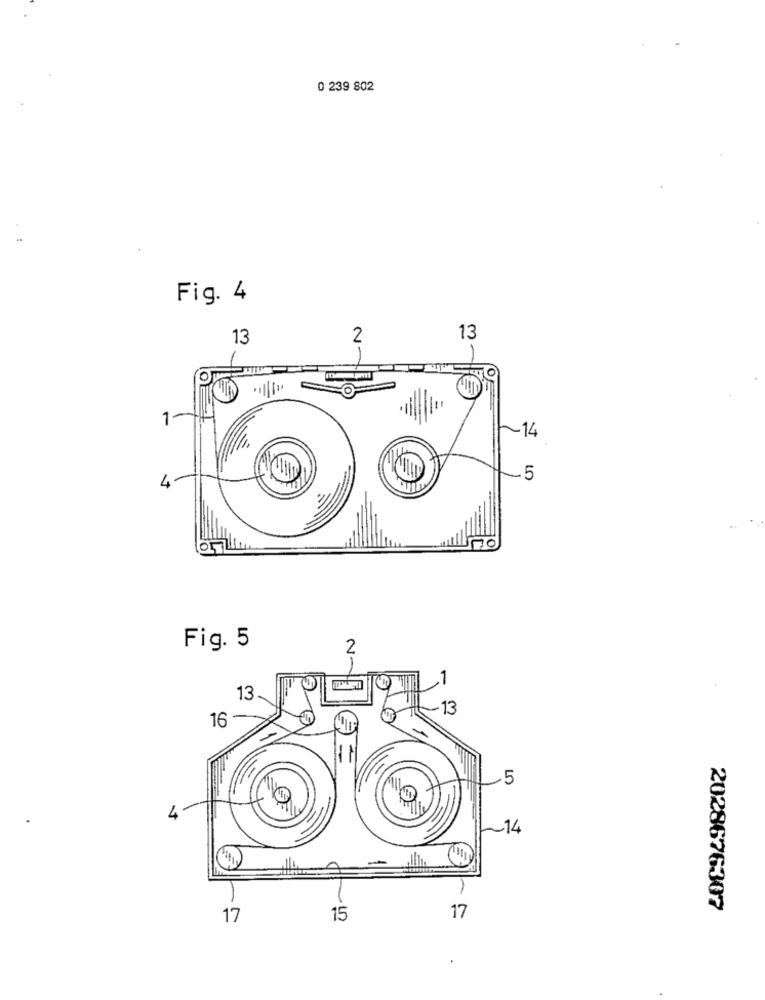
0 239 802
Fig. 4
13
2
13
0
1-
1
-14
4
10
70
LL
Fig. 5
21
13
13
16
5
4
~~ 14
2028676307
17
15
17